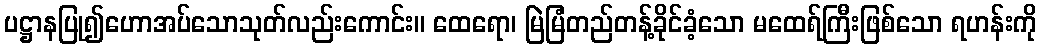
ပဋ္ဌာနပြု၍ဟောအပ်သောသုတ်လည်းကောင်း။ ထေရော၊ မြဲမြံတည်တန့်ခိုင်ခံ့သော မထေရ်ကြီးဖြစ်သော ရဟန်းကို